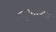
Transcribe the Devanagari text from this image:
सुधारण्या